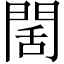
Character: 䦚